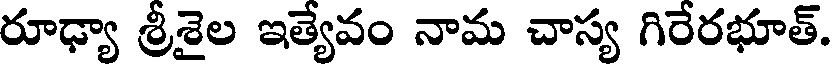
రూఢ్యా శ్రీశైల ఇత్యేవం నామ చాస్య గిరేరభూత్.